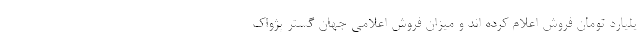
یلیارد تومان فروش اعلام کرده اند و میزان فروش اعلامی جهان گستر پژواک